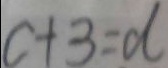
c + 3 = d